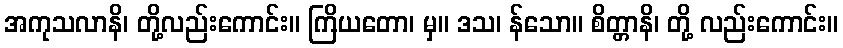
အကုသလာနိ၊ တို့လည်းကောင်း။ ကြိယတော၊ မှ။ ဒသ၊ န်သော။ စိတ္တာနိ၊ တို့ လည်းကောင်း။